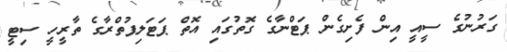
ގަރުނުގެ ސީއީ އިން ފެށިގެން ޕަޓްނާގެ ގޮތުގައި އޮތް ޕަޓަލިޕުތްރާގެ ތާރީހީ ސިޓީ